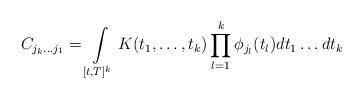
LaTeX: \begin{align*}C_{j_k\ldots j_1}=\int\limits_{[t,T]^k}K(t_1,\ldots,t_k)\prod_{l=1}^{k}\phi_{j_l}(t_l)dt_1\ldots dt_k\end{align*}